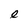
Character: e